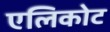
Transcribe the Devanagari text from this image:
एलिकोट